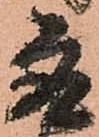
取